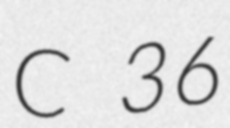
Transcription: C 36